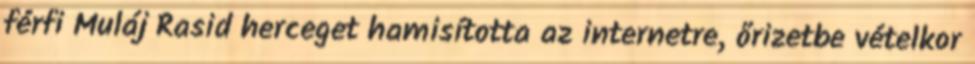
férfi Muláj Rasid herceget hamisította az internetre, őrizetbe vételkor